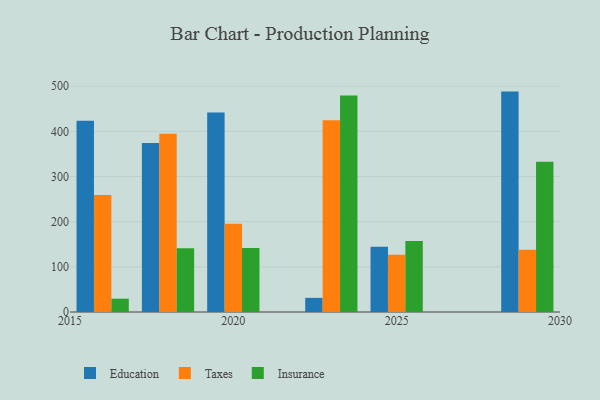
{"axis": {"x": "Year", "y": "Active Users"}, "legend": ["Education", "Insurance", "Taxes"], "data": [{"x": "2029", "y": 488.1, "type": "Education"}, {"x": "2029", "y": 137.6, "type": "Taxes"}, {"x": "2029", "y": 333.0, "type": "Insurance"}, {"x": "2025", "y": 144.4, "type": "Education"}, {"x": "2025", "y": 127.0, "type": "Taxes"}, {"x": "2025", "y": 157.2, "type": "Insurance"}, {"x": "2020", "y": 442.0, "type": "Education"}, {"x": "2020", "y": 195.2, "type": "Taxes"}, {"x": "2020", "y": 141.9, "type": "Insurance"}, {"x": "2018", "y": 374.2, "type": "Education"}, {"x": "2018", "y": 394.8, "type": "Taxes"}, {"x": "2018", "y": 141.3, "type": "Insurance"}, {"x": "2023", "y": 31.3, "type": "Education"}, {"x": "2023", "y": 424.7, "type": "Taxes"}, {"x": "2023", "y": 479.6, "type": "Insurance"}, {"x": "2016", "y": 423.3, "type": "Education"}, {"x": "2016", "y": 259.3, "type": "Taxes"}, {"x": "2016", "y": 29.5, "type": "Insurance"}]}